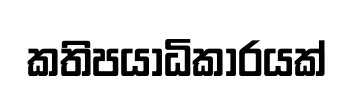
කතිපයාධිකාරයක්